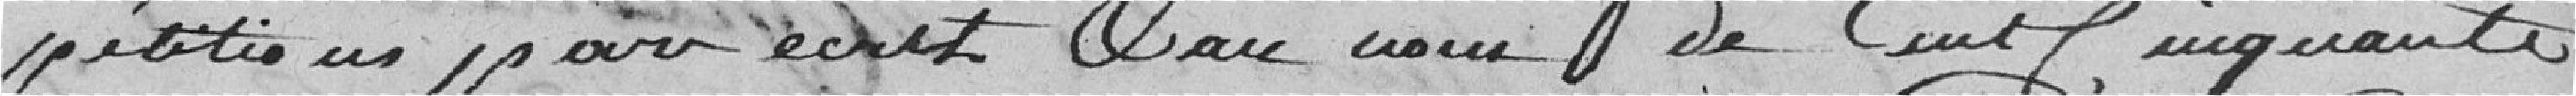
pétition par écrit et au nom de cent cinquante